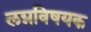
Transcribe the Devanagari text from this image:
लग्नविषयक